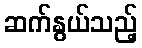
ဆက်နွယ်သည့်